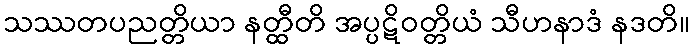
သဿတပညတ္တိယာ နတ္ထီတိ အပ္ပဋိဝတ္တိယံ သီဟနာဒံ နဒတိ။